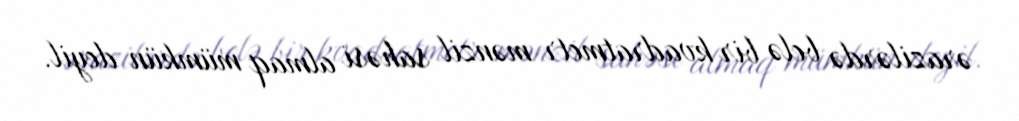
ərazilərdə belə bir kvadratmetr mənzil sahəsi almaq mümkün deyil.